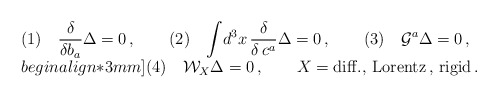
\begin{align*}\begin{array}{l}(1)\quad {\displaystyle{\frac{\delta}{\delta b_a}}}\Delta =0\,,\qquad(2)\quad \displaystyle{\int} d^3x\,{\displaystyle{\frac{\delta}{\delta \,c^a}}}\Delta =0\,,\qquad (3)\quad {\cal G}^a\Delta =0\,, \\begin{align*}3mm] (4)\quad {\cal W}_X\Delta =0\,,\qquad X={\rm diff.,\,Lorentz\,,\,rigid}\,.\end{array}\end{align*}